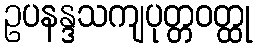
ဥပနန္ဒသကျပုတ္တဝတ္ထု